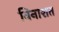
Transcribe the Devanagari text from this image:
विनाशत